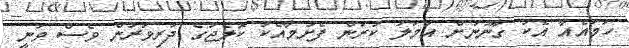
ހަމައެއާ އެކު ގާނޫނަށް އަމަލު ކުރަން ފެށުމާއެކު ކޮލެޖުގެ ދަރިވަރުން ވެސް ވަނީ